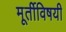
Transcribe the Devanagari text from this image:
मूर्तीविषयी